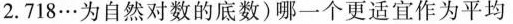
2.718…为自然对数的底数)哪一个更适宜作为平均